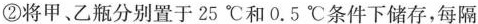
②将甲、乙瓶分别置于25℃和0.5℃条件下储存，每隔